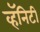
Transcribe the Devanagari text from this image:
व्हॅनिटी